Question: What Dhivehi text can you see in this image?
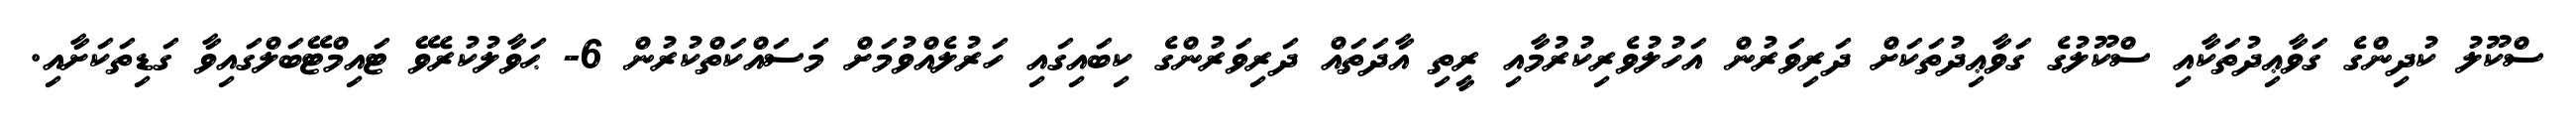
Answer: ސްކޫލު ކުދިންގެ ގަވާޢިދުތަކާއި ސްކޫލުގެ ގަވާޢިދުތަކަށް ދަރިވަރުން އަހުލުވެރިކުރުމާއި ރީތި އާދަތައް ދަރިވަރުންގެ ކިބައިގައި ހަރުލެއްވުމަށް މަސައްކަތްކުރުން 6- ޙަވާލުކުރެވޭ ޓައިމްޓޭބަލްގައިވާ ގަޑިތަކަށާއި.